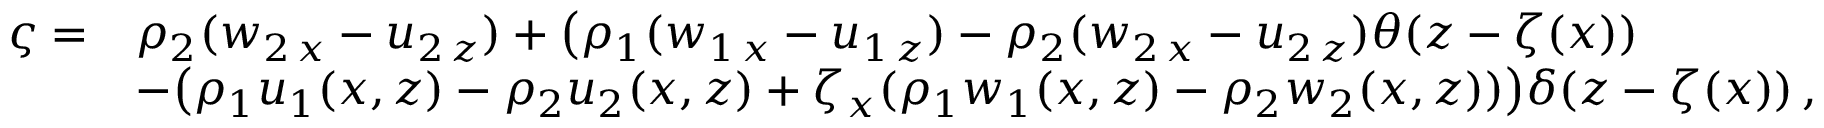
\begin{array} { r l } { \varsigma = } & { \rho _ { 2 } ( w _ { 2 \, x } - u _ { 2 \, z } ) + \big ( \rho _ { 1 } ( w _ { 1 \, x } - u _ { 1 \, z } ) - \rho _ { 2 } ( w _ { 2 \, x } - u _ { 2 \, z } ) \theta ( z - \zeta ( x ) ) } \\ & { - \big ( \rho _ { 1 } u _ { 1 } ( x , z ) - \rho _ { 2 } u _ { 2 } ( x , z ) + \zeta _ { x } ( \rho _ { 1 } w _ { 1 } ( x , z ) - \rho _ { 2 } w _ { 2 } ( x , z ) ) \big ) \delta ( z - \zeta ( x ) ) \, , } \end{array}